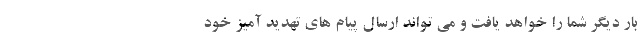
بار دیگر شما را خواهد یافت و می تواند ارسال پیام های تهدید آمیز خود